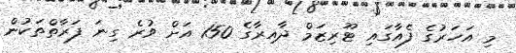
މި އަހަރުގެ ފެއާގައި ޓޫރިޒަމް ދާއިރާގެ 150 އަށް ވުރެ ގިނަ ފަރާތްތަކުން